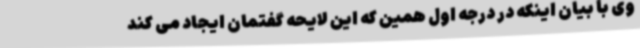
وی با بیان اینکه در درجه اول همین که این لایحه گفتمان ایجاد می کند